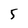
Character: 5